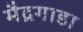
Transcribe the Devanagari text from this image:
मैद्रगाडा